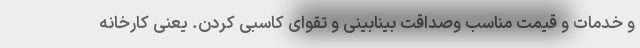
و خدمات و قیمت مناسب وصداقت بینابینی و تقوای کاسبی کردن. یعنی کارخانه